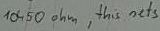
Text: 10450Ω, This nets